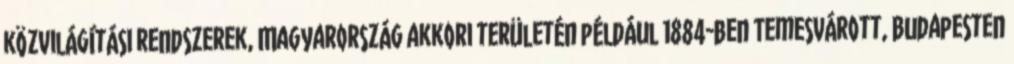
közvilágítási rendszerek, Magyarország akkori területén például 1884-ben Temesvárott, Budapesten